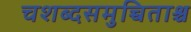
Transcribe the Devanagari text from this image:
चशब्दसमुच्चिताश्च